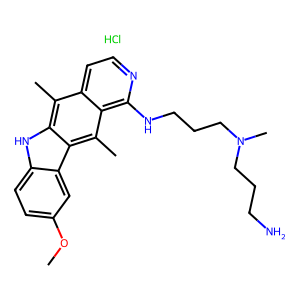
SMILES: COc1ccc2[nH]c3c(C)c4ccnc(NCCCN(C)CCCN)c4c(C)c3c2c1.Cl
Inhibits HIV replication: No